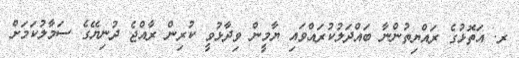
ރ. އަތޮޅުގެ ރައްޔިތުންނާ ބައްދަލުކުރައްވައި ޔާމީން ވިދާޅުވީ ކުރިން ރާއްޖެ ދުނިޔޭގެ ސަމާލުކަމަށް